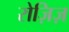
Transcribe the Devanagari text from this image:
रोज़िज़